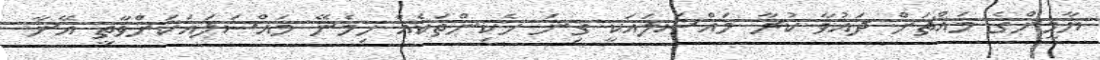
ޔާމީންގެ މައްޗަށް ދައުވާ ކުރާ މައްސަަލައަކީ ގިނަ ހެކިންތަކެއް ހިމެނޭ މައްސަލައަކަށްވާތީ އޭނާ